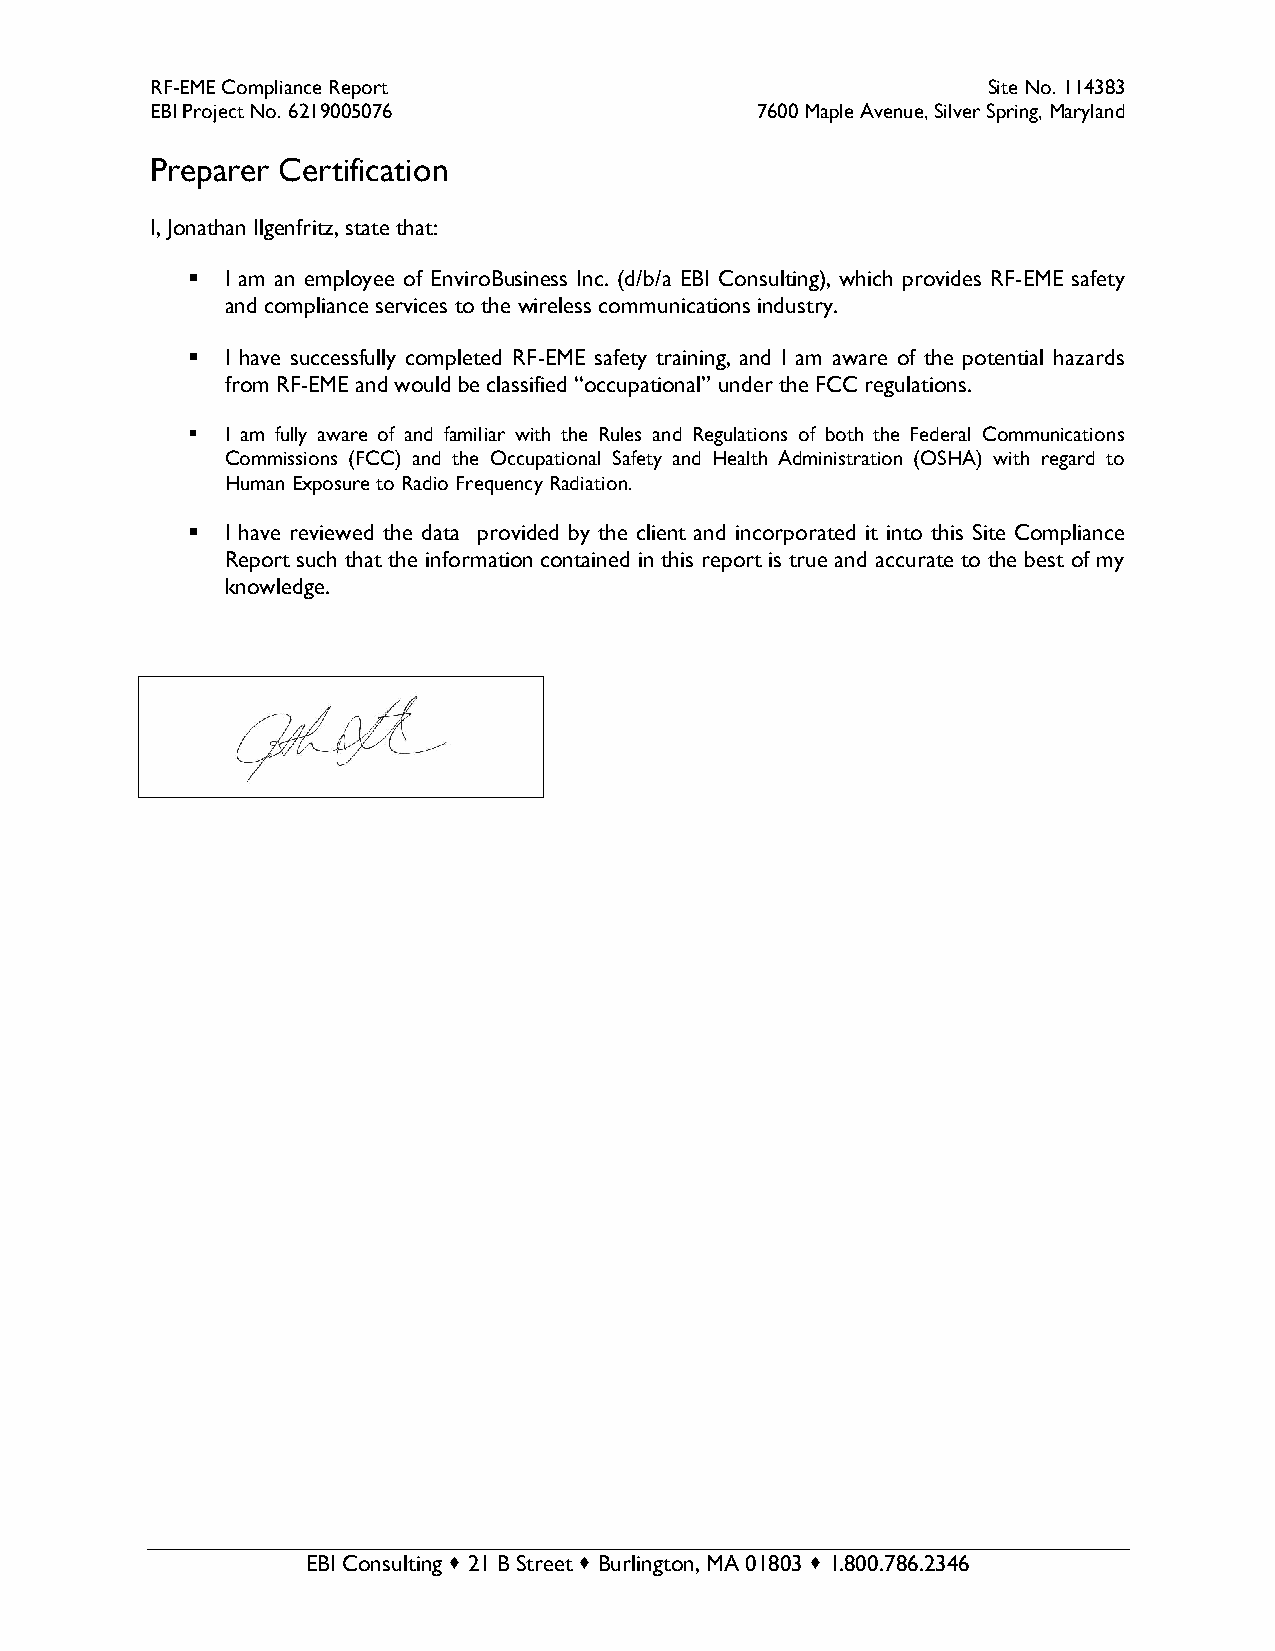
RF-EME Compliance Report                               Site No. 114383
 EBI Project No. 6219005076              7600 Maple Avenue, Silver Spring, Maryland
 Preparer Certification
 I, Jonathan Ilgenfritz, state that:
 ▪  I am an employee of EnviroBusiness Inc. (d/b/a EBI Consulting), which provides RF-EME safety
 and compliance services to the wireless communications industry.
 ▪  I have successfully completed RF-EME safety training, and I am aware of the potential hazards
 from RF-EME and would be classified “occupational” under the FCC regulations.
 ▪  I am fully aware of and familiar with the Rules and Regulations of both the Federal Communications
 Commissions (FCC) and the Occupational Safety and Health Administration (OSHA) with regard to
 Human Exposure to Radio Frequency Radiation.
 ▪  I have reviewed the data provided by the client and incorporated it into this Site Compliance
 Report such that the information contained in this report is true and accurate to the best of my
 knowledge.
 EBI Consulting  21 B Street  Burlington, MA 01803  1.800.786.2346